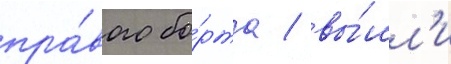
пра́вого бо́рта / вы́шл'и